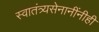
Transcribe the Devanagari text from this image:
स्वातंत्र्यसेनानींनीही